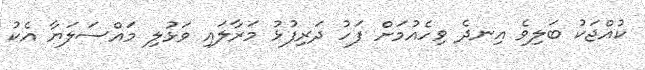
ކުއްޖަކު ބަލިވެ އިނދެ ވިހެއުމަށް ފަހު ދަރިފުޅު މަރާލައި ވަޅުލި މައްސަލަޔާ އެކު